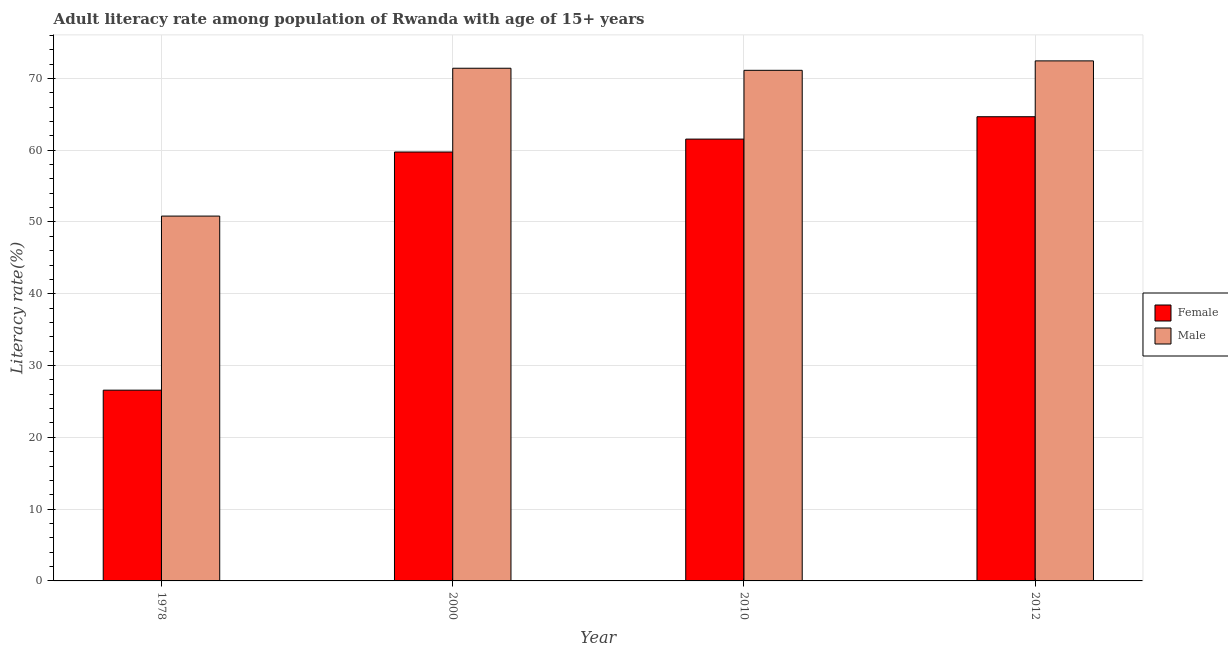
| Year | Female | Male |
 | --- | --- | --- |
 | 1978 | 26.6 | 50.8 |
 | 2000 | 59.8 | 71.4 |
 | 2010 | 61.5 | 71.1 |
 | 2012 | 64.7 | 72.4 |